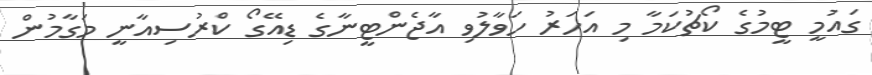
ގައުމީ ޓީމުގެ ކޯޗުކަމާ މި އަހަރު ހަވާލުވި އާޖެންޓީނާގެ ޑިއޭގޯ ކްރުސިއާނީ މަގާމުން